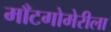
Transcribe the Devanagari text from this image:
माँटगोमेरीला